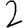
Digit: 2